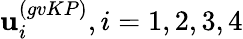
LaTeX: \mathbf{u}_{i}^{(gvKP)},i=1,2,3,4